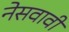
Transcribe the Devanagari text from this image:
नेसवावी